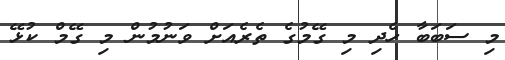
މި ސަބަބާ ހެދި މި ގޭމުގެ ތެރެއަށް ވަނުމުން މި ގޭމް ކުޅޭ